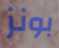
بونز